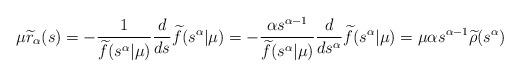
LaTeX: \begin{align*}\mu\widetilde r_\alpha(s) &= -\frac{1}{\widetilde f(s^\alpha|\mu)}\frac{d}{ds}{\widetilde f(s^\alpha|\mu)} = -\frac{\alpha s^{\alpha-1}}{\widetilde f(s^\alpha|\mu)}\frac{d}{d s^\alpha}{\widetilde f(s^\alpha|\mu)} =\mu \alpha s^{\alpha-1} \widetilde\rho(s^\alpha)\end{align*}